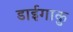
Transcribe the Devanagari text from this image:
डाईगाकु